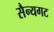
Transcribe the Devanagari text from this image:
सैन्यगट